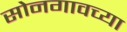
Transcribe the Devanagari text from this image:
सोनगावच्या